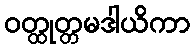
ဝတ္ထုတ္တမဒါယိကာ